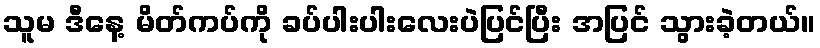
သူမ ဒီနေ့ မိတ်ကပ်ကို ခပ်ပါးပါးလေးပဲပြင်ပြီး အပြင် သွားခဲ့တယ်။